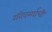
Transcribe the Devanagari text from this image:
रविवर्म्याची